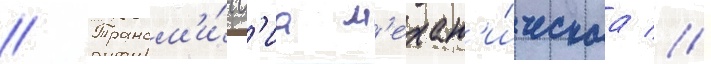
// Трансм'и́сс'иа м'ехан'и́ческаа //